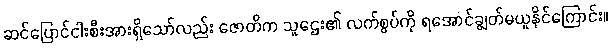
ဆင်ပြောင်ငါးစီးအားရှိသော်လည်း ဇောတိက သူဌေး၏ လက်စွပ်ကို ရအောင်ချွတ်မယူနိုင်ကြောင်း။